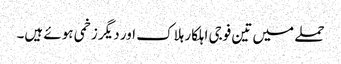
حملے میں تین فوجی اہلکار ہلاک اور دیگر زخمی ہوئے ہیں۔